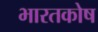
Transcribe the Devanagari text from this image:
भारतकोष